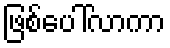
ဖြစ်ပေါ်လာကာ